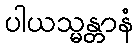
ပါယသ္မန္တာနံ